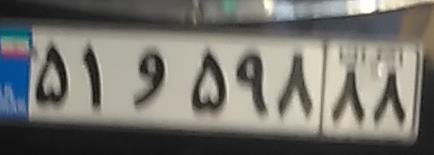
۵۱و۵۹۸۸۸